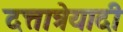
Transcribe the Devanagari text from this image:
दत्तात्रेयादी